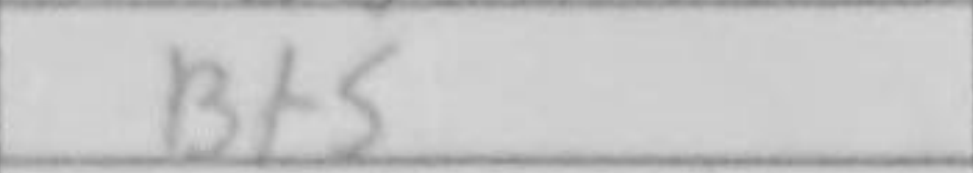
Transcription: Bf5